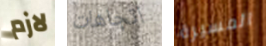
لازم اتجاهات المسيرة